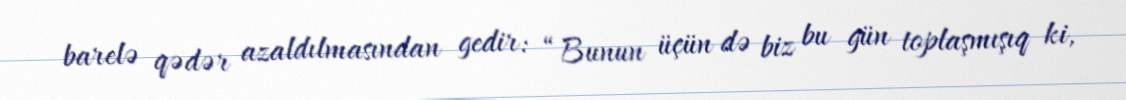
barelə qədər azaldılmasından gedir: “Bunun üçün də biz bu gün toplaşmışıq ki,